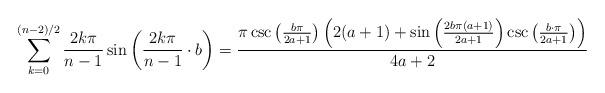
LaTeX: \begin{align*}\sum_{k=0}^{(n-2)/2} \frac{2k\pi }{n-1}\sin\left(\frac{2k\pi}{n-1}\cdot b\right)=\frac{\pi\csc\left(\frac{b\pi}{2a+1}\right)\left(2(a+1)+\sin\left(\frac{2b\pi(a+1)}{2a+1}\right)\csc\left(\frac{b\cdot\pi}{2a+1}\right)\right)}{4a+2}\end{align*}